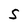
Character: S